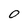
Character: 0